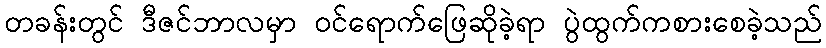
တခန်းတွင် ဒီဇင်ဘာလမှာ ဝင်ရောက်ဖြေဆိုခဲ့ရာ ပွဲထွက်ကစားစေခဲ့သည်